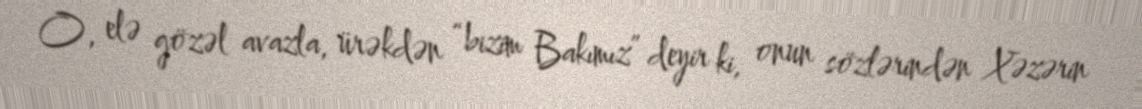
O, elə gözəl avazla, ürəkdən “bizim Bakımız” deyir ki, onun sözlərindən Xəzərin